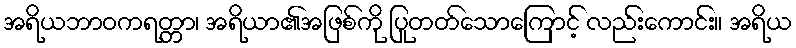
အရိယဘာဝကရတ္တာ၊ အရိယာ၏အဖြစ်ကို ပြုတတ်သောကြောင့် လည်းကောင်း။ အရိယ